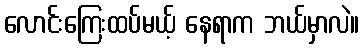
လောင်းကြေးထပ်မယ့် နေရာက ဘယ်မှာလဲ။